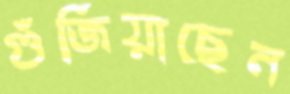
গুঁজিয়াছেন